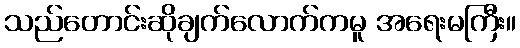
သည်တောင်းဆိုချက်လောက်ကမူ အရေးမကြီး။